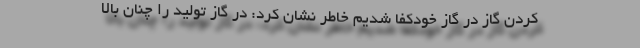
کردن گاز در گاز خودکفا شدیم خاطر نشان کرد: در گاز تولید را چنان بالا